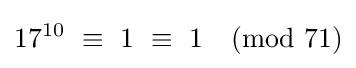
17^{10}\ \equiv \ 1\ \equiv \ 1{\pmod {71}}